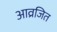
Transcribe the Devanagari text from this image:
आव्रजित